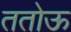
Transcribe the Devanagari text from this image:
ततोऊ